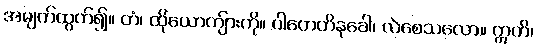
အမျက်ထွက်၍။ တံ၊ ထိုယောကျ်ားကို။ ပါတေတိနုခေါ၊ လဲစေသလော။ ဣတိ၊